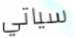
سياتي